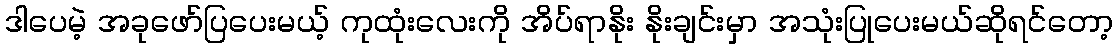
ဒါပေမဲ့ အခုဖော်ပြပေးမယ့် ကုထုံးလေးကို အိပ်ရာနိုး နိုးချင်းမှာ အသုံးပြုပေးမယ်ဆိုရင်တော့